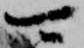
可